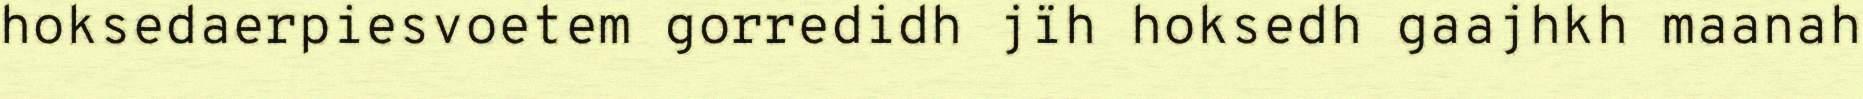
hoksedaerpiesvoetem gorredidh jïh hoksedh gaajhkh maanah